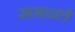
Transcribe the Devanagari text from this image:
समाधत्ते